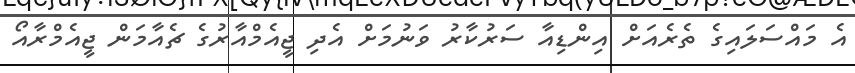
އެ މައްސަލައިގެ ތެރެއަށް އިންޑިއާ ސަރުކާރު ވަނުމަށް އެދި ޖީއެމްއާރުގެ ޗެއާމަން ޖީއެމްރާއޯ